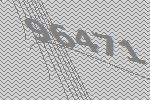
96471